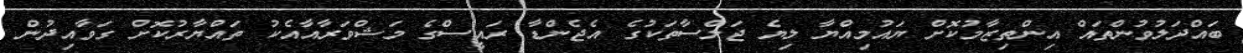
ބައްދަލުވުންތައް އިންތިޒާމުކޮށް ޔައުމިއްޔާ ލިޔެ ޖަލްސާތަކުގެ އެޖެންޑާ ރައީސްގެ މަޝްވަރާއާއެކު ތައްޔާރުކޮށް ގަވާއިދުން